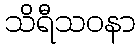
သိရီသဝနာ